Civil Veterinary Dept. Bombay admin report 1907-1913 - 1907-1913
Year: 1907
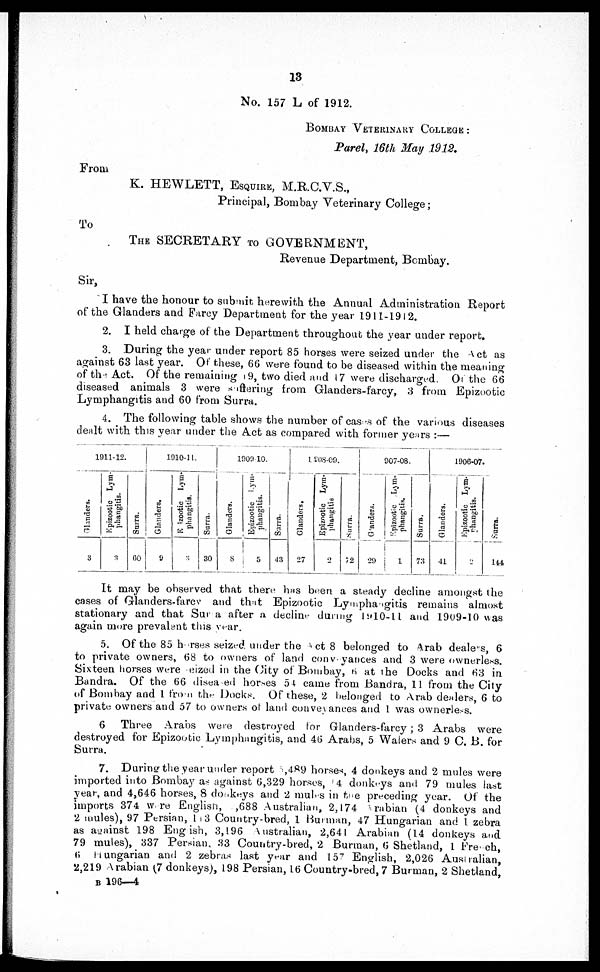
13
No. 157 L of 1912.
BOMBAY VETERINARY COLLEGE :
Parel, 16th May 1912.
From
K. HEWLETT, ESQUIRE, M.R.C.V.S.,
Principal, Bombay Veterinary College;
To
The SECRETARY TOGOVERNMENT,
Revenue Department, Bombay.
Sir,
I have the honour to submit herewith the Annual Administration Report
of the Glanders and Farcy Department for the year 1911-1912.
2. I held charge of the Department throughout the year under report.
3. During the year under report 85 horses were seized under the Act as
against 63 last year. Of these, 66 were found to be diseased within the meaning
of the Act. Of the remaining 69, two died and 17 were discharged. Of the 66
diseased animals 3 were suffering from Glanders-farcy, 3 from Epizootic
Lymphangitis and 60 from Surra.
4. The following table shows the number of cases of the various diseases
dealt with this year under the Act as compared with former years:—
1911-12.
Glanders.
3
Epizootic Lym-
phangitis.
3
Sur r a.
60
1910-11.
Glanders.
9
Epizootic Lym-
phangitis.
3
Surra.
30
1909-10
Glanders.
8
Epizootic Lym-
phangitis.
5
Surra.
43
1908-09.
Glanders,
27
Epizootic Lym-
phangitis
2
Surra.
72
907-08.
Glanders.
29
Epizootic Lym-
phangitis.
1
Surra.
73
1906-07
Glanders.
41
Epizootic Lym-
phangitis.
2
Surra.
144
It may be observed that there has be
steady decline amongst the
cases of Glanders-farcv and that Epizootic Lymphangitis remains almost
stationary and that Surra after a decline during 1910-11 and 1909-10 was
again more prevalent this year.
5. Of the 85 herses seized under the act 8 belonged to Arab dealers, 6
to private owners, 68 to owners of land conveyances and 3 were ownerless.
Sixteen horses were eized in the City of Bombay, 6 at the Docks and 63 in
Bandra. Of the 66 diseased hordes 54 came from Bandra, 11 from the City
of Bombay and 1 from the Docks. Of these, 2 belonged to Arab dealers, 6 to
private owners and 57 to owners of land conveyances and 1 was ownerless.
6 Three Arabs were destroyed for Glanders-farcy; 3 Arabs were
destroyed for Epizootic Lymphangitis, and 46 Arabs, 5 Walers and 9 C. B. for
Surra.
7. During the year under report 5,489 horses, 4 donkeys and 2 mules were
imported into Bombay as against 6,329 horses, 4 donkeys and 79 mules last
year, and 4,646 horses, 8 donkeys and 2 mules in the preceding year. Of the
imports 374 were English,
688 Australian, 2,174 Arabian (4 donkeys and
2 mules), 97 Persian, 113 Country-bred, 1 Burman, 47 Hungarian and 1 zebra
as against 198 English, 3,196 Australian, 2,641 Arabian (14 donkeys and
79 mules), 337 Persian, 33 Country-bred, 2 Burman, 6 Shetland, 1 Freach,
6 Hungarian and 2 zebras last year and 157 English, 2,026 Australian,
2,219 Arabian (7 donkeys), 198 Persian, 16 Country-bred, 7 Burman, 2 Shetland,
B 196—4